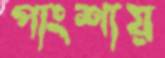
পাংশায়